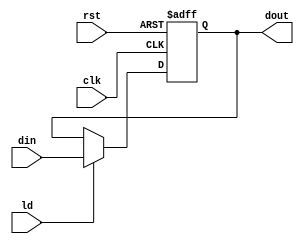
// This program was cloned from: https://github.com/kasrahj/Computer-Aided-Design
// License: MIT License

module Register (clk, rst, ld, din, dout);
    parameter N = 8;
    input clk, rst, ld;
    input [N-1:0] din;
    output [N-1:0] dout;
    
    reg [N-1:0] dout;

    always @(posedge rst or posedge clk) begin
        if (rst)
            dout <= 0;
        else if (ld)
            dout <= din;
    end
endmodule